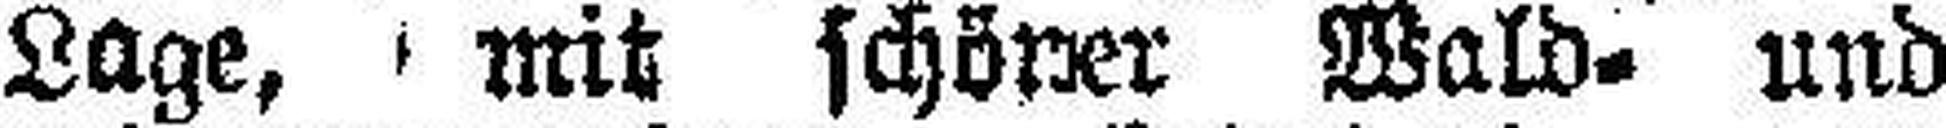
Lage, mit schöner Wald- und